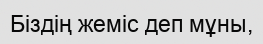
Біздің жеміс деп мұны,